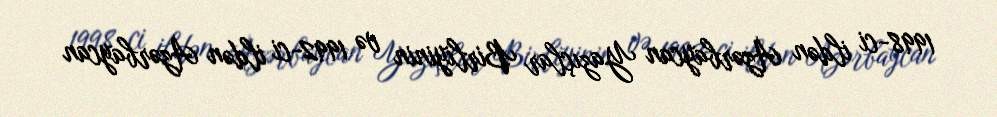
1998-ci ildən Azərbaycan Yazıçlar Birliyinin və 1992-ci ildən Azərbaycan